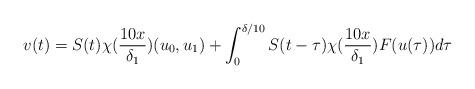
LaTeX: \begin{align*}v(t) = S(t) \chi(\frac{10 x}{\delta_{1}})(u_{0}, u_{1}) + \int_{0}^{\delta/10} S(t - \tau) \chi(\frac{10 x}{\delta_{1}}) F(u(\tau)) d\tau\end{align*}